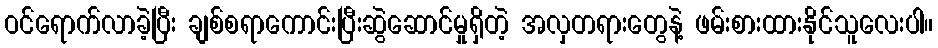
ဝင်ရောက်လာခဲ့ပြီး ချစ်စရာကောင်းပြီးဆွဲဆောင်မှုရှိတဲ့ အလှတရားတွေနဲ့ ဖမ်းစားထားနိုင်သူလေးပါ။